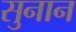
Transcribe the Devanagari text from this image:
सुनान